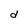
Character: d